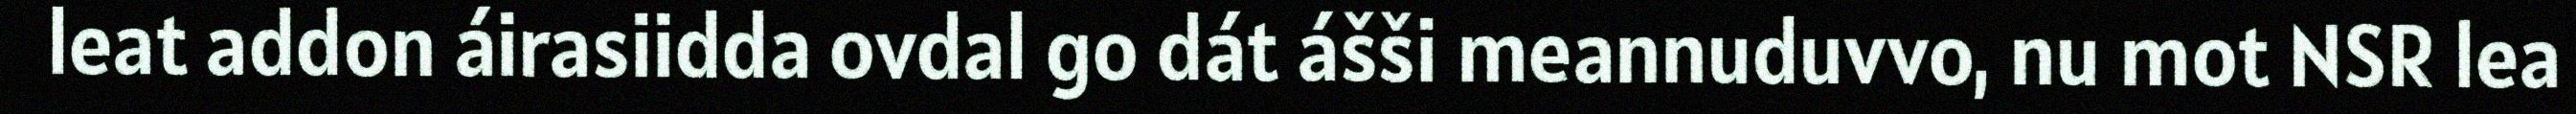
leat addon áirasiidda ovdal go dát ášši meannuduvvo, nu mot NSR lea